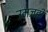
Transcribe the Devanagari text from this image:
उमजही